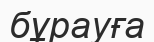
бұрауға